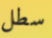
سطل